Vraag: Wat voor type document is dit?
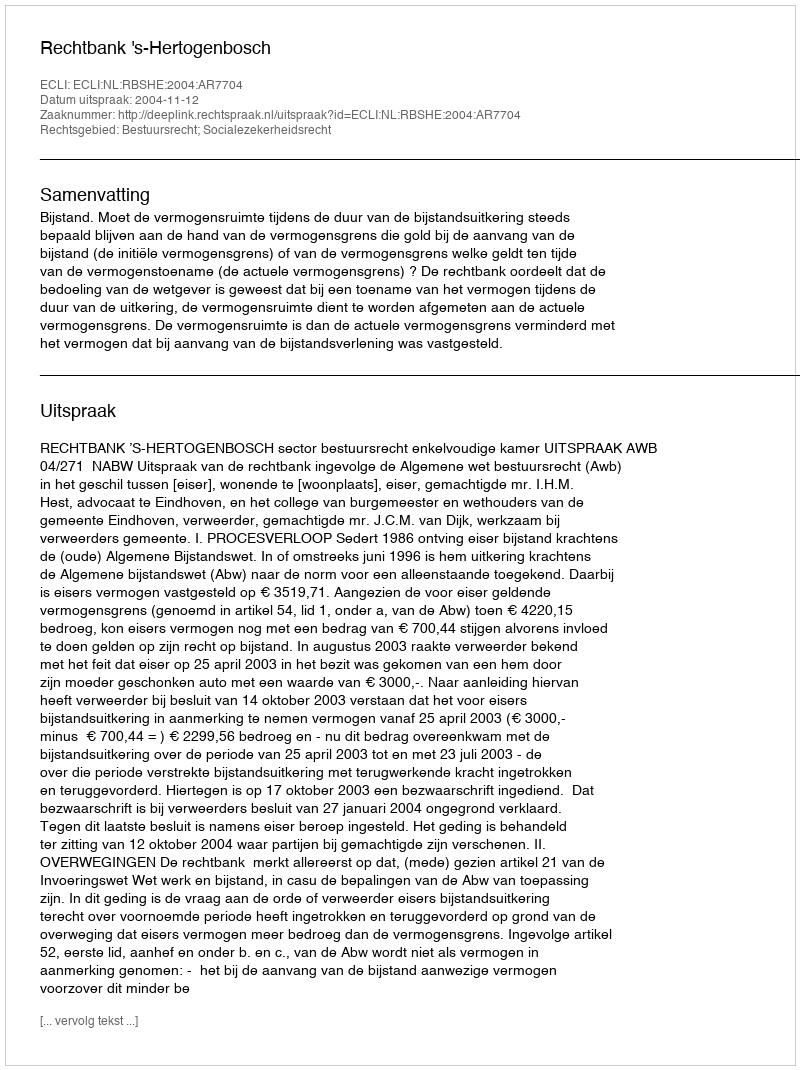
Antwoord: Uitspraak